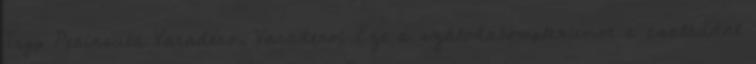
Tryp Península Varadero, Varadero: Ezt a szálodakomplexumot a családdal